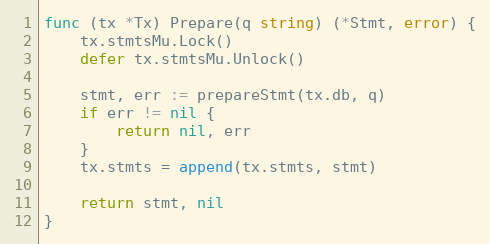
Language: Go
func (tx *Tx) Prepare(q string) (*Stmt, error) {
	tx.stmtsMu.Lock()
	defer tx.stmtsMu.Unlock()

	stmt, err := prepareStmt(tx.db, q)
	if err != nil {
		return nil, err
	}
	tx.stmts = append(tx.stmts, stmt)

	return stmt, nil
}